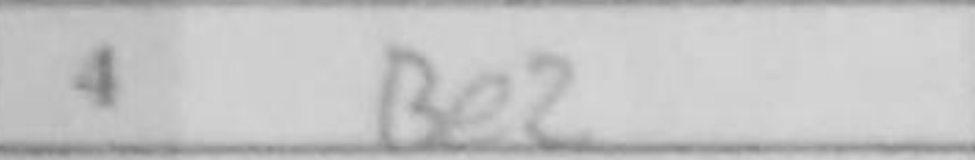
Transcription: Be2